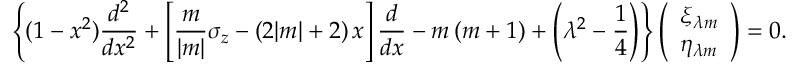
\left\{ ( 1 - x ^ { 2 } ) \frac { d ^ { 2 } } { d x ^ { 2 } } + \left[ \frac m { | m | } \sigma _ { z } - ( 2 | m | + 2 ) \, x \right] \frac d { d x } - m \, ( m + 1 ) + \left( \lambda ^ { 2 } - \frac 1 4 \right) \right\} \left( \begin{array} { c } { { \xi _ { \lambda m } } } \\ { { \eta _ { \lambda m } } } \end{array} \right) = 0 .